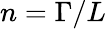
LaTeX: n=\Gamma/L